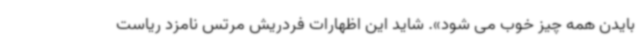
بایدن همه چیز خوب می شود». شاید این اظهارات فردریش مرتس نامزد ریاست